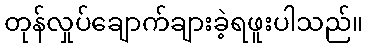
တုန်လှုပ်ချောက်ချားခဲ့ရဖူးပါသည်။